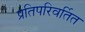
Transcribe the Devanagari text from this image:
प्रतिपरिवर्तित